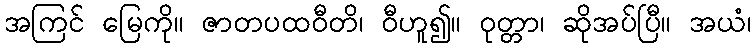
အကြင် မြေကို။ ဇာတပထဝီတိ၊ ဝီဟူ၍။ ဝုတ္တာ၊ ဆိုအပ်ပြီ။ အယံ၊